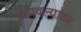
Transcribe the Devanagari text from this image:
तापवल्यावर